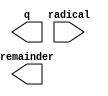
// megafunction wizard: %ALTSQRT%VBB%
// GENERATION: STANDARD
// VERSION: WM1.0
// MODULE: ALTSQRT 

// ============================================================
// Megafunction Name(s):
// 			ALTSQRT
//
// Simulation Library Files(s):
// 			altera_mf
// ============================================================
// ************************************************************
// THIS IS A WIZARD-GENERATED FILE. DO NOT EDIT THIS FILE!
//
// 16.1.2 Build 203 01/18/2017 SJ Standard Edition
// ************************************************************

//Copyright (C) 2017  Intel Corporation. All rights reserved.
//Your use of Intel Corporation's design tools, logic functions 
//and other software and tools, and its AMPP partner logic 
//functions, and any output files from any of the foregoing 
//(including device programming or simulation files), and any 
//associated documentation or information are expressly subject 
//to the terms and conditions of the Intel Program License 
//Subscription Agreement, the Intel Quartus Prime License Agreement,
//the Intel MegaCore Function License Agreement, or other 
//applicable license agreement, including, without limitation, 
//that your use is for the sole purpose of programming logic 
//devices manufactured by Intel and sold by Intel or its 
//authorized distributors.  Please refer to the applicable 
//agreement for further details.

module SQRT_S (
	radical,
	q,
	remainder);

	input	[31:0]  radical;
	output	[15:0]  q;
	output	[16:0]  remainder;

endmodule

// ============================================================
// CNX file retrieval info
// ============================================================
// Retrieval info: PRIVATE: INTENDED_DEVICE_FAMILY STRING "Cyclone V"
// Retrieval info: PRIVATE: SYNTH_WRAPPER_GEN_POSTFIX STRING "0"
// Retrieval info: LIBRARY: altera_mf altera_mf.altera_mf_components.all
// Retrieval info: CONSTANT: PIPELINE NUMERIC "0"
// Retrieval info: CONSTANT: Q_PORT_WIDTH NUMERIC "16"
// Retrieval info: CONSTANT: R_PORT_WIDTH NUMERIC "17"
// Retrieval info: CONSTANT: WIDTH NUMERIC "32"
// Retrieval info: USED_PORT: q 0 0 16 0 OUTPUT NODEFVAL "q[15..0]"
// Retrieval info: USED_PORT: radical 0 0 32 0 INPUT NODEFVAL "radical[31..0]"
// Retrieval info: USED_PORT: remainder 0 0 17 0 OUTPUT NODEFVAL "remainder[16..0]"
// Retrieval info: CONNECT: @radical 0 0 32 0 radical 0 0 32 0
// Retrieval info: CONNECT: q 0 0 16 0 @q 0 0 16 0
// Retrieval info: CONNECT: remainder 0 0 17 0 @remainder 0 0 17 0
// Retrieval info: GEN_FILE: TYPE_NORMAL SQRT_S.v TRUE
// Retrieval info: GEN_FILE: TYPE_NORMAL SQRT_S.inc FALSE
// Retrieval info: GEN_FILE: TYPE_NORMAL SQRT_S.cmp FALSE
// Retrieval info: GEN_FILE: TYPE_NORMAL SQRT_S.bsf FALSE
// Retrieval info: GEN_FILE: TYPE_NORMAL SQRT_S_inst.v FALSE
// Retrieval info: GEN_FILE: TYPE_NORMAL SQRT_S_bb.v TRUE
// Retrieval info: LIB_FILE: altera_mf